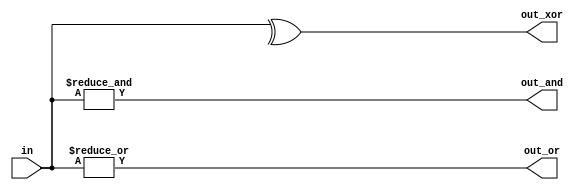
module top_module( 
    input [99:0] in,
    output out_and,
    output out_or,
    output out_xor 
);
    // Reduction AND for out_and
    assign out_and = &in;
    
    // Reduction OR for out_or
    assign out_or = |in;
    
    // Reduction XOR for out_xor
    assign out_xor = ^in;
    
endmodule